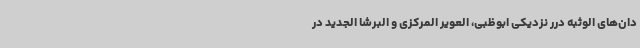
دان‌های الوثبه درر نزدیکی ابوظبی، العویر المرکزی و البرشا الجدید در